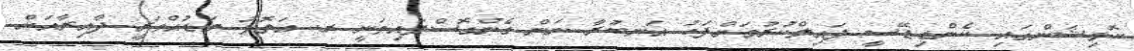
ކޮމިޝަންގައި ކެންޑިޑޭސީ ފައިލްކުރުމަށްފަހު އަނބުރާ ނަން ގެންގޮސްފައިވަނީ ރ. އަތޮޅު މަޑުއްވަރީ ދާއިރާއަށް